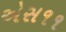
એસ૧૧